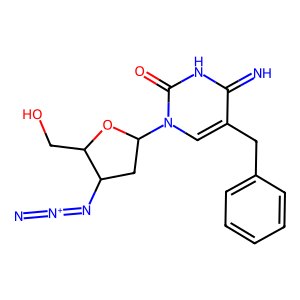
SMILES: [N-]=[N+]=NC1CC(n2cc(Cc3ccccc3)c(=N)[nH]c2=O)OC1CO
Inhibits HIV replication: No